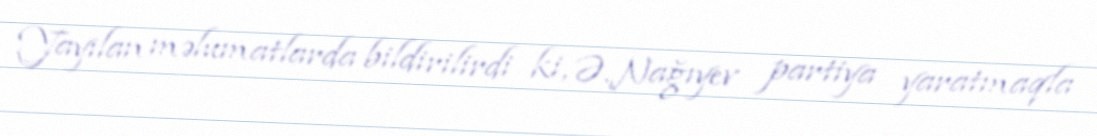
Yayılan məlumatlarda bildirilirdi ki, Ə.Nağıyev partiya yaratmaqla